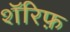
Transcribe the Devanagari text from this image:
शॅरिफ़